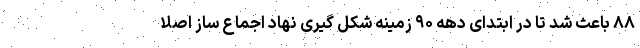
۸۸ باعث شد تا در ابتدای دهه ۹۰ زمینه شکل گیری نهاد اجماع ساز اصلا